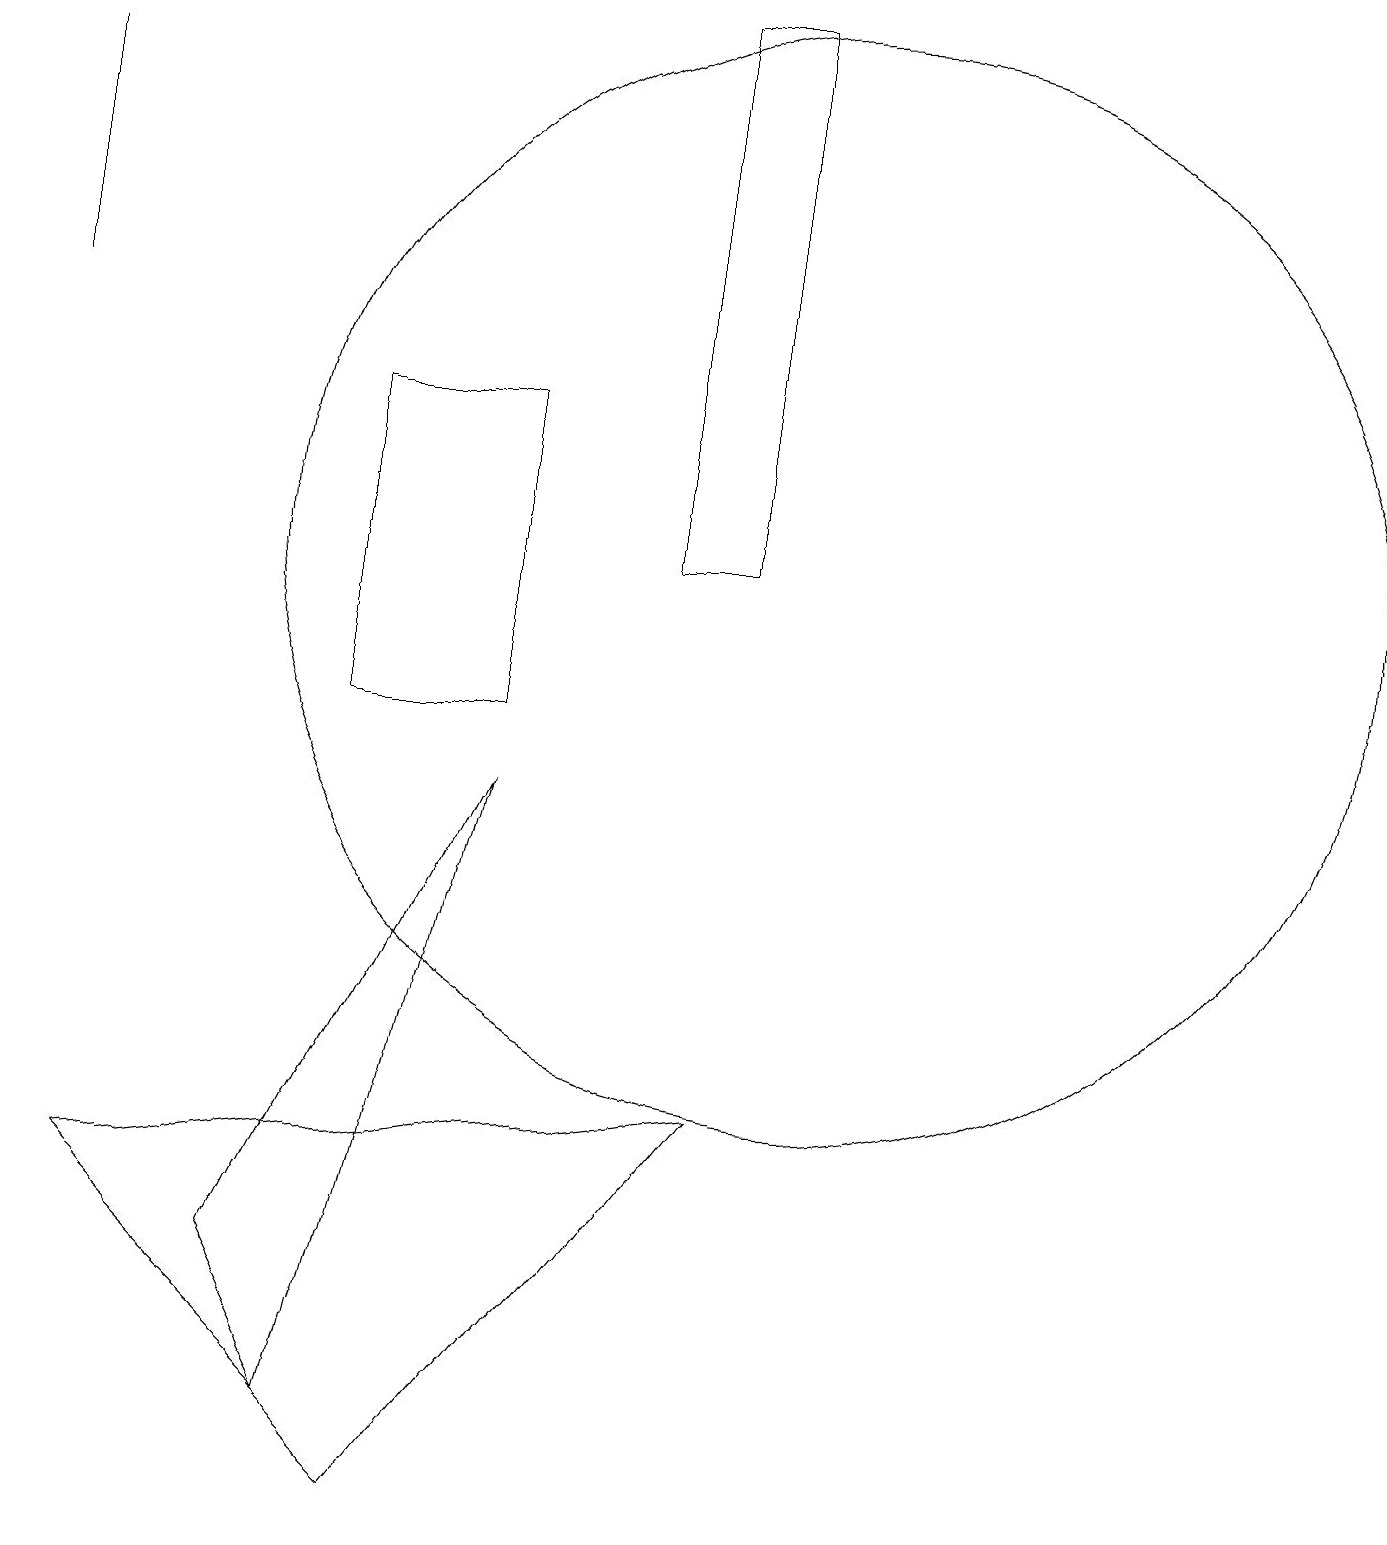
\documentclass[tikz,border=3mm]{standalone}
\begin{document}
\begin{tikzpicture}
\draw (10,12) circle (7);
\draw (6,9) -- (4,1) -- (3,3) -- cycle;
\draw (4,10) rectangle (6,14);
\draw (1,4) -- (9,5) -- (5,0) -- cycle;
\draw (0,15) rectangle (0,18);
\draw (9,19) rectangle (8,12);
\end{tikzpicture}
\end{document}